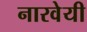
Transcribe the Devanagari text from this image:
नारवेयी